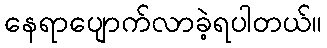
နေရာပျောက်လာခဲ့ရပါတယ်။